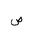
Letter: _sad